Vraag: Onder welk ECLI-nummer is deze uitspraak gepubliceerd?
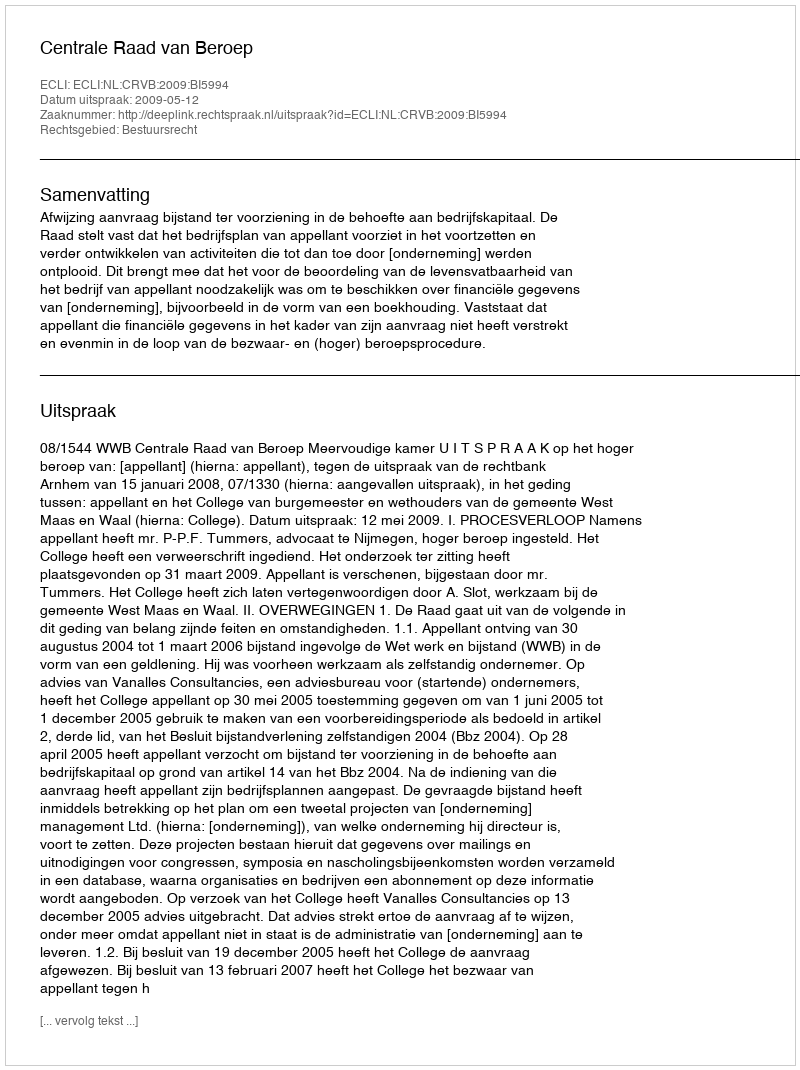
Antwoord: ECLI:NL:CRVB:2009:BI5994